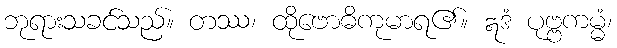
ဘုရားသခင်သည်။ တဿ၊ ထိုဗောဓိကုမာရ၏။ ဣဒံ ပုဗ္ဗကမ္မံ၊